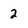
Character: 2